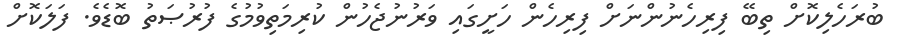
ބުރަހެލިކޮށް ތިބޭ ފިރިހެނުންނަށް ފިރިހެން ހަށީގައި ވަރުނުޖެހުން ކުރިމަތިވުމުގެ ފުރުޞަތު ބޮޑެވެ. ފަލަކޮށް